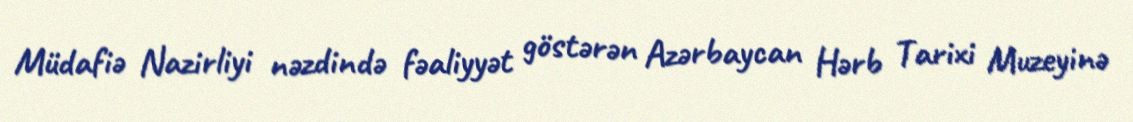
Müdafiə Nazirliyi nəzdində fəaliyyət göstərən Azərbaycan Hərb Tarixi Muzeyinə